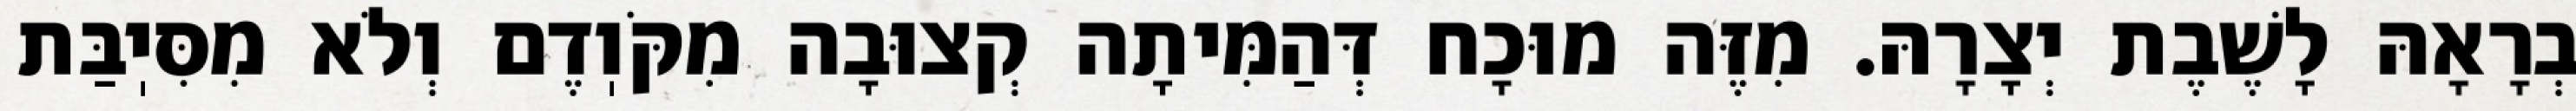
בְרָאָהּ לָשֶׁבֶת יְצָרָהּ. מִזֶּה מוּכָח דְּהַמִּיתָה קְצוּבָה מִקֹּוֽדֶם וְלֹא מִסִּיֽבַּת